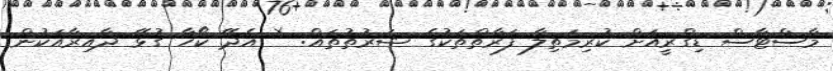
މާސްޓާސް ޑިގްރީއަށް ކުރިމަތިލާ ފަރާތްތަކުގެ ޝަރުތުތައް: * އެދޭ ކޯހާ ގުޅޭ ދާއިރާއަކުން